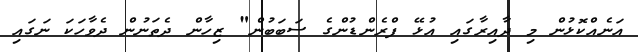
އަނެއްކޮޅުން މި ދާއިރާގައި އުޅޭ ފްރެންޑުންގެ ސަބަބުން" ޒިހާން ދެތަނުން ދެވާހަކަ ނަގައި